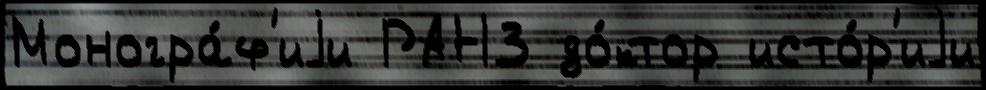
Моногра́ф'иjи РАН3 до́ктор исто́р'иjи